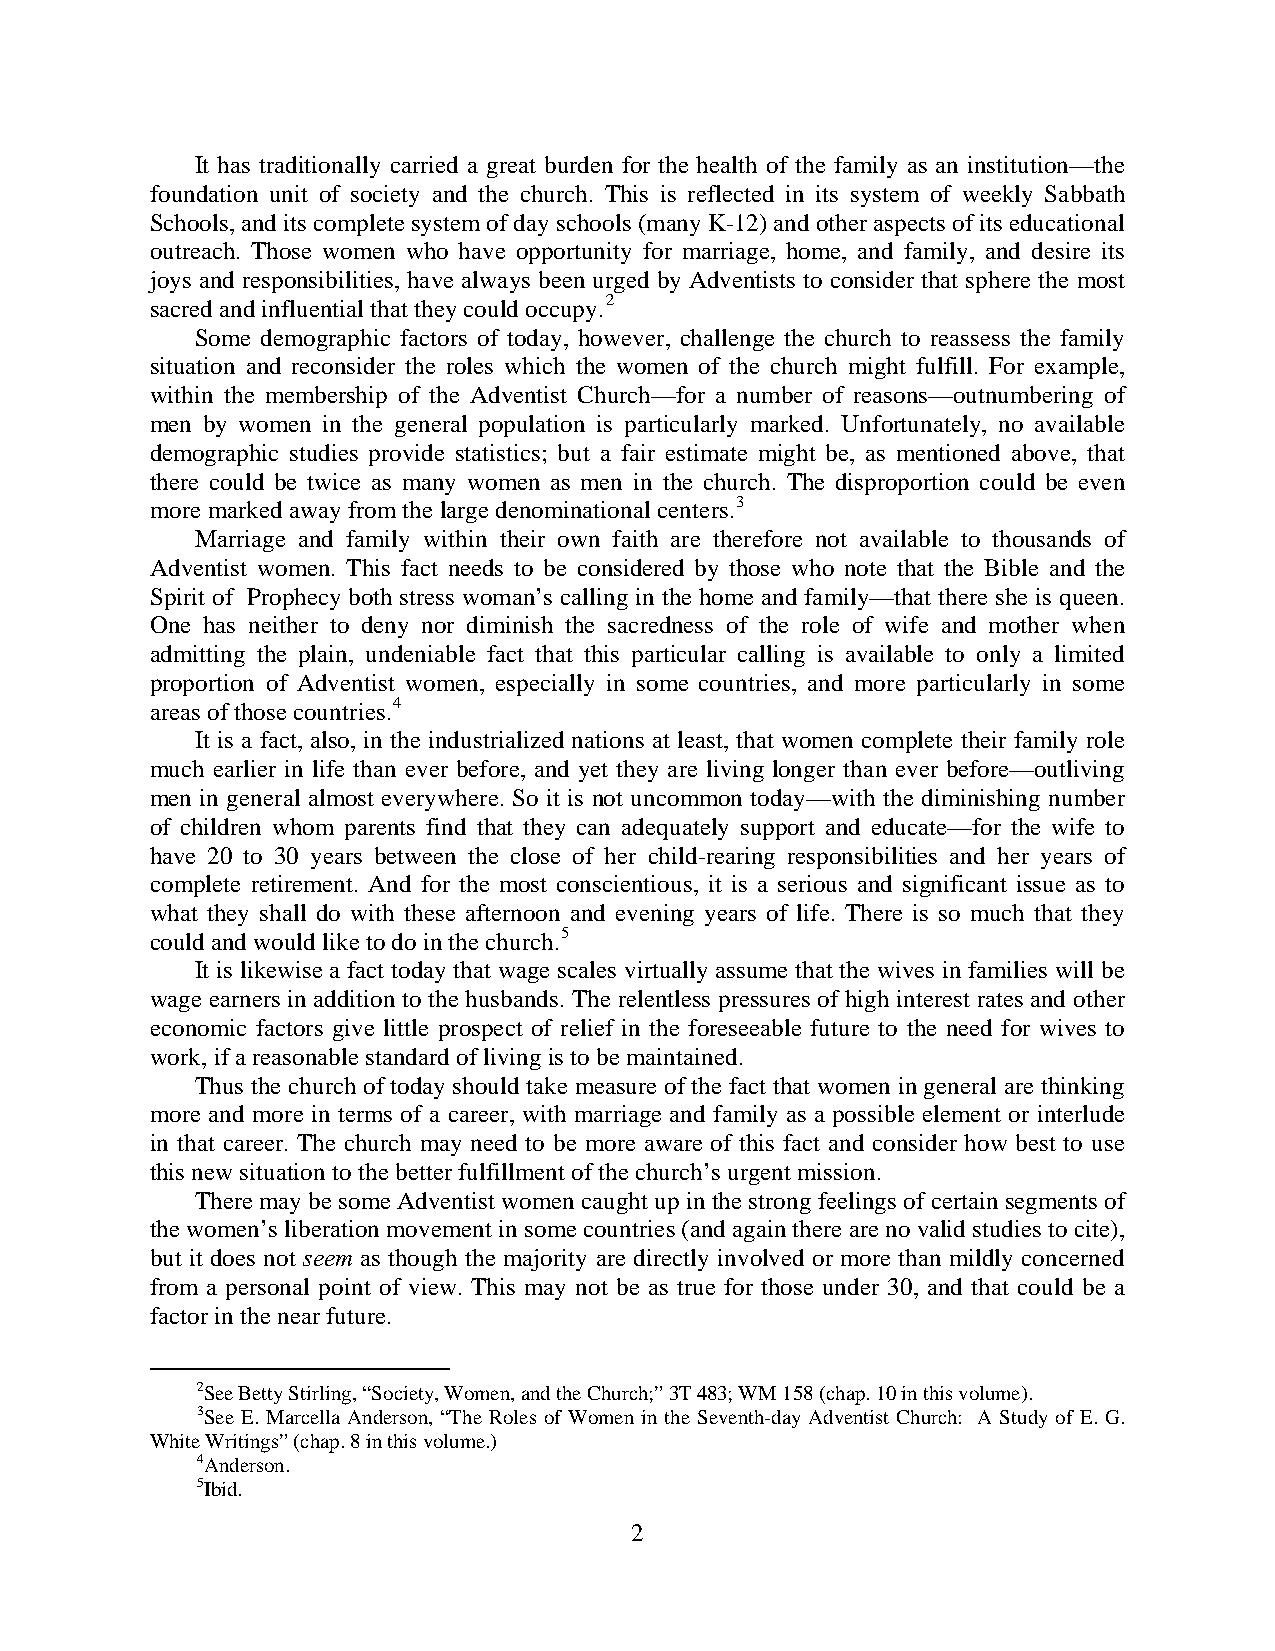
It has traditionally carried a great burden for the health of the family as an institution—the
 foundation unit of society and the church. This is reflected in its system of weekly Sabbath
 Schools, and its complete system of day schools (many K-12) and other aspects of its educational
 outreach. Those women who have opportunity for marriage, home, and family, and desire its
 joys and responsibilities, have always been urged by Adventists to consider that sphere the most
 sacred and influential that they could occupy.2
 Some demographic factors of today, however, challenge the church to reassess the family
 situation and reconsider the roles which the women of the church might fulfill. For example,
 within the membership of the Adventist Church—for a number of reasons—outnumbering of
 men by women in the general population is particularly marked. Unfortunately, no available
 demographic studies provide statistics; but a fair estimate might be, as mentioned above, that
 there could be twice as many women as men in the church. The disproportion could be even
 more marked away from the large denominational centers.3
 Marriage and family within their own faith are therefore not available to thousands of
 Adventist women. This fact needs to be considered by those who note that the Bible and the
 Spirit of Prophecy both stress woman’s calling in the home and family—that there she is queen.
 One has neither to deny nor diminish the sacredness of the role of wife and mother when
 admitting the plain, undeniable fact that this particular calling is available to only a limited
 proportion of Adventist women, especially in some countries, and more particularly in some
 areas of those countries.4
 It is a fact, also, in the industrialized nations at least, that women complete their family role
 much earlier in life than ever before, and yet they are living longer than ever before—outliving
 men in general almost everywhere. So it is not uncommon today—with the diminishing number
 of children whom parents find that they can adequately support and educate—for the wife to
 have 20 to 30 years between the close of her child-rearing responsibilities and her years of
 complete retirement. And for the most conscientious, it is a serious and significant issue as to
 what they shall do with these afternoon and evening years of life. There is so much that they
 could and would like to do in the church.5
 It is likewise a fact today that wage scales virtually assume that the wives in families will be
 wage earners in addition to the husbands. The relentless pressures of high interest rates and other
 economic factors give little prospect of relief in the foreseeable future to the need for wives to
 work, if a reasonable standard of living is to be maintained.
 Thus the church of today should take measure of the fact that women in general are thinking
 more and more in terms of a career, with marriage and family as a possible element or interlude
 in that career. The church may need to be more aware of this fact and consider how best to use
 this new situation to the better fulfillment of the church’s urgent mission.
 There may be some Adventist women caught up in the strong feelings of certain segments of
 the women’s liberation movement in some countries (and again there are no valid studies to cite),
 but it does not seem as though the majority are directly involved or more than mildly concerned
 from a personal point of view. This may not be as true for those under 30, and that could be a
 factor in the near future.
 2See Betty Stirling, “Society, Women, and the Church;” 3T 483; WM 158 (chap. 10 in this volume).
 3See E. Marcella Anderson, “The Roles of Women in the Seventh-day Adventist Church: A Study of E. G.
 White Writings” (chap. 8 in this volume.)
 4Anderson.
 5Ibid.
 2